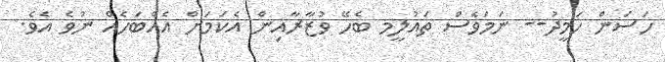
ހަސަން ހަމީދު-- ނަމަވެސް ތައުލީމ ބެހޭ ވުޒާރާއިން އެކަމަށް އެއްބަހެއް ނުވެ އެވެ.